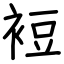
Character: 裋